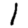
Digit: 1